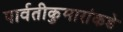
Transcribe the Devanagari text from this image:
पार्वतीकुमारांकडे